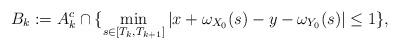
LaTeX: \begin{align*}B_k:=A_k^c\cap \{ \min_{s\in[T_k,T_{k+1}]}|x+\omega_{X_0}(s)-y-\omega_{Y_0}(s)| \leq 1\},\end{align*}